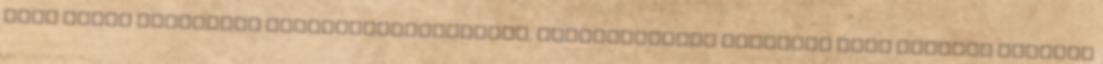
négy évben Nagyvárad alpolgármestereként. Gyakorlatilag egyetlen nagy projekt köthető